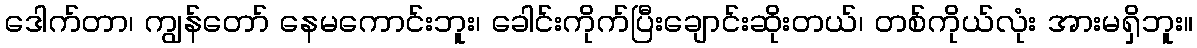
ဒေါက်တာ၊ ကျွန်တော် နေမကောင်းဘူး၊ ခေါင်းကိုက်ပြီးချောင်းဆိုးတယ်၊ တစ်ကိုယ်လုံး အားမရှိဘူး။